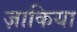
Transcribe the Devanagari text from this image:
ज़ाकिया